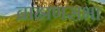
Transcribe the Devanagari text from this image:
ब्राह्मणसभा